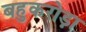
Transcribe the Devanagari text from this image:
बहुकरोड़ा